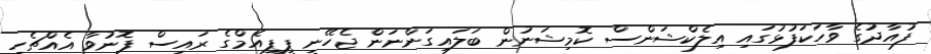
ފުއާދުގެ ވާހަކަފުޅުގައި އިލެކްޝަންސް ކޮމިޝަނުން ބަލައިގަންނަން ޖެހޭނީ ޕީޕީއެމްގެ ރައީސް ފޮނުވާ އެއްޗެހި